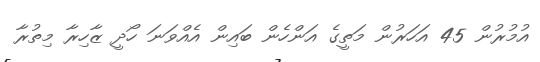
އުމުރުން 45 އަހަރުން މަތީގެ އަންހެން ބައިން އެއްވަނަ ހޯދީ ޒާހިރާ މިތުރާ